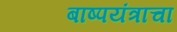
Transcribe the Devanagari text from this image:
बाष्पयंत्राचा